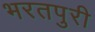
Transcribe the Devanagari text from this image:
भरतपुरी